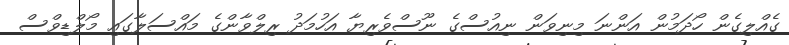
ގެއްލިގެން ހޯދަމުން އަންނަ މިނިވަން ނިއުސްގެ ނޫސްވެރިޔާ އަހުމަދު ރިލްވާންގެ މައްސަލާގައި މޯލްޑިވްސް